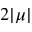
2 | \mu |